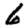
Digit: 6